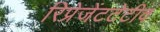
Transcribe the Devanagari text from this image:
रिप्रेजेंटटेटीव